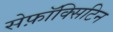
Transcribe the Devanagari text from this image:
सेफ़ॉक्सिटिन